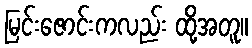
မြင်းဇောင်းကလည်း ထို့အတူ။